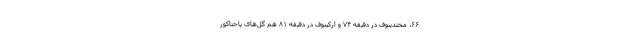
۶۶، مختدینوف در دقیقه ۷۴ و ارکینوف در دقیقه ۸۱ هم گل‌های پاختاکور